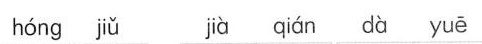
hóng jiǔ jià qián dà yuē